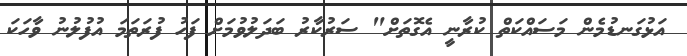
އަޅުގަނޑުމެން މަސައްކަތް ކުރާނީ އެގޮތަށް" ސަރުކާރު ބަދަލުވުމަށް ފަހު ފުރަތަމަ އުފުލުނު ވާހަކަ